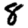
Digit: 8